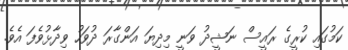
ކަމުގައި ކުރީގެ ރައީސް ނަޝީދު ވަނީ މިދިޔަ އަންގާރަ ދުވަހު ވިދާޅުވެފަ އެވެ.